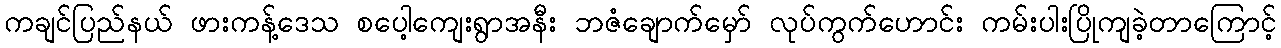
ကချင်ပြည်နယ် ဖားကန့်ဒေသ စပေါ့ကျေးရွာအနီး ဘဇံချောက်မှော် လုပ်ကွက်ဟောင်း ကမ်းပါးပြိုကျခဲ့တာကြောင့်